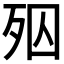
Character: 𣧝